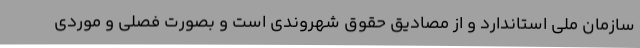
سازمان ملی استاندارد و از مصادیق حقوق شهروندی است و بصورت فصلی و موردی